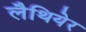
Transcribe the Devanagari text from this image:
लैथियेर